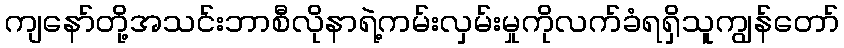
ကျနော်တို့အသင်းဘာစီလိုနာရဲ့ကမ်းလှမ်းမှုကိုလက်ခံရရှိသူကျွန်တော်